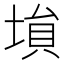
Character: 𡎖